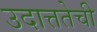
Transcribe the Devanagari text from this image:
उदात्ततेची